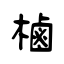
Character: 樐